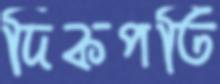
দিকপতি